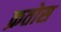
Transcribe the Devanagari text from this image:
क्रतोस